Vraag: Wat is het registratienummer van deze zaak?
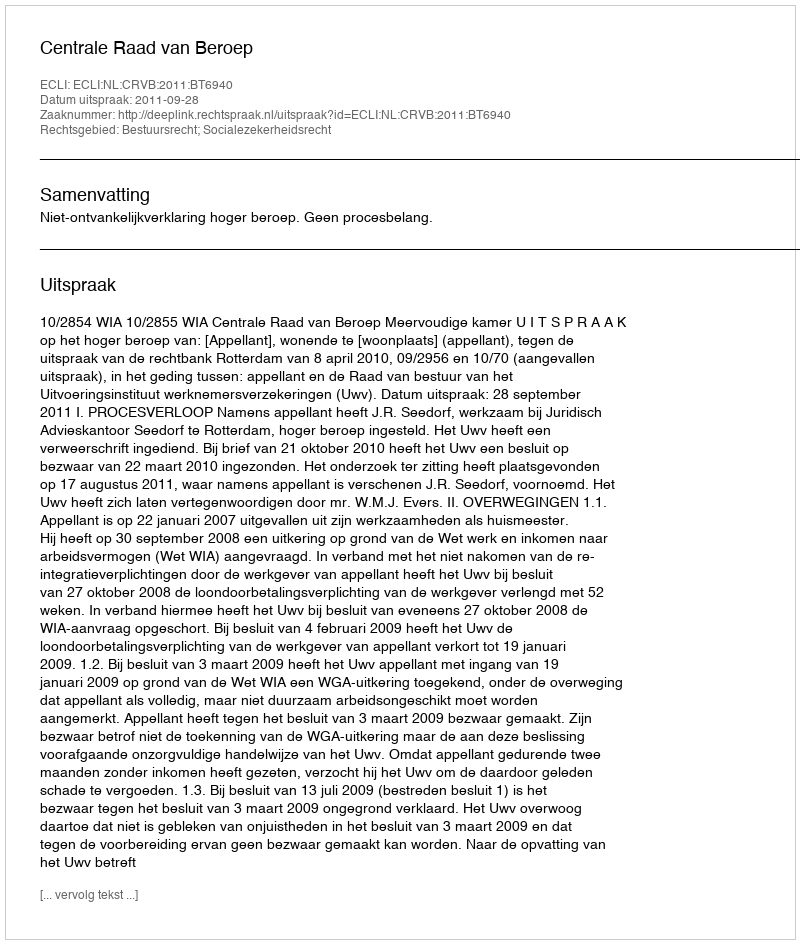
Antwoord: http://deeplink.rechtspraak.nl/uitspraak?id=ECLI:NL:CRVB:2011:BT6940